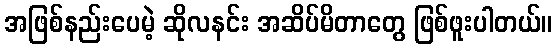
အဖြစ်နည်းပေမဲ့ ဆိုလနင်း အဆိပ်မိတာတွေ ဖြစ်ဖူးပါတယ်။